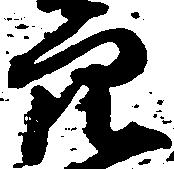
穴